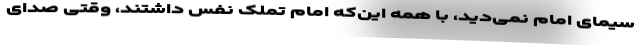
سیمای امام نمی‌دید، با همه این‌که امام تملک نفس داشتند، وقتی صدای